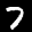
Label: 7